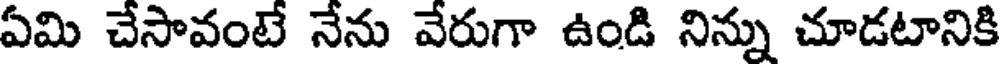
ఏమి చేసావంటే నేను వేరుగా ఉండి నిన్ను చూడటానికి